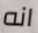
انه